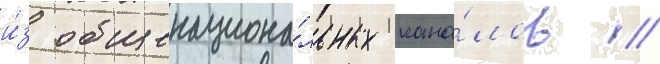
и́з общенациона́льных кана́лов //